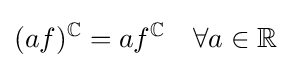
(af)^{\mathbb {C} }=af^{\mathbb {C} }\quad \forall a\in \mathbb {R}